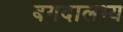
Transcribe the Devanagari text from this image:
बगदालभ्य